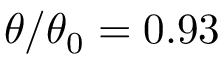
\theta / \theta _ { 0 } = 0 . 9 3